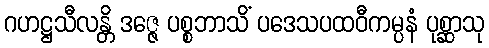
ဂဟဋ္ဌသီလန္တိ ဒဇ္ဇေ ပစ္စဘာသိံ ပဒေသပထဝီကမ္ပနံ ပုစ္ဆာသု